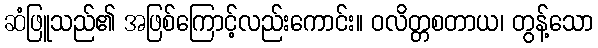
ဆံဖြူသည်၏ အဖြစ်ကြောင့်လည်းကောင်း။ ဝလိတ္တစတာယ၊ တွန့်သော